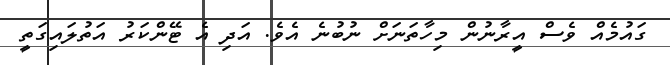
ގައުމެއް ވެސް އީރާނުން މިހާތަނަށް ނުބުނެ އެވެ. އަދި އެ ޓޭންކަރު އަތުލައިގަތީ